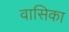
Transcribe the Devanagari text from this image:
वासिका